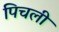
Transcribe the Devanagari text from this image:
पिचली